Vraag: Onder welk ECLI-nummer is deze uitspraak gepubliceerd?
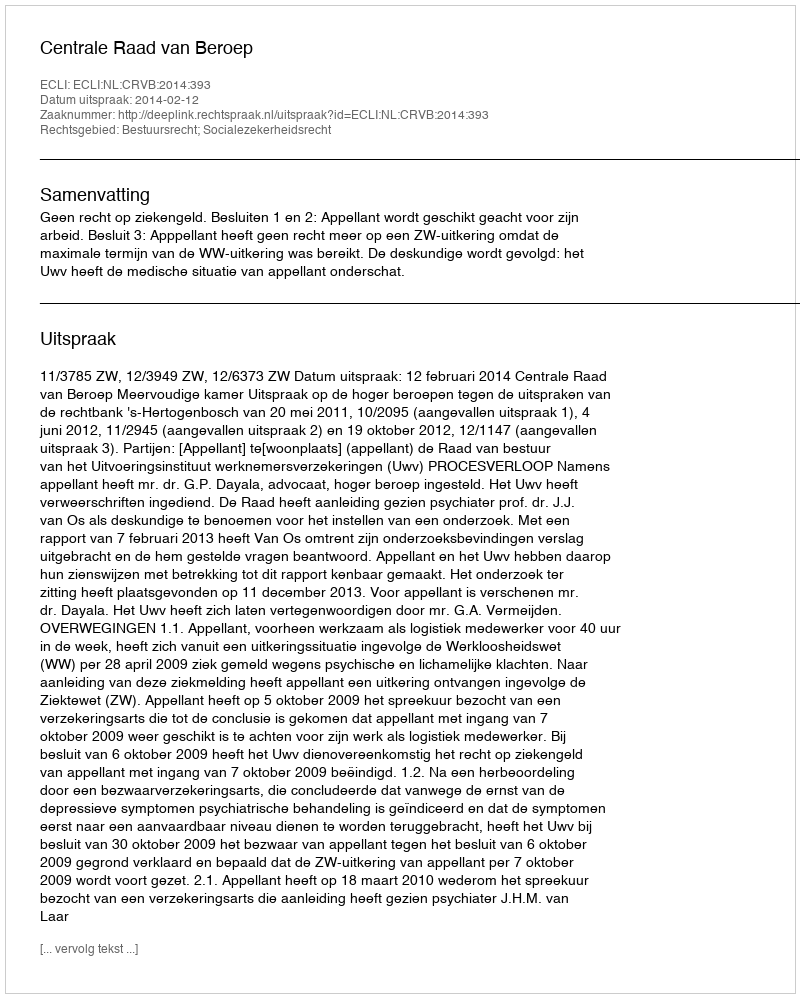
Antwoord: ECLI:NL:CRVB:2014:393